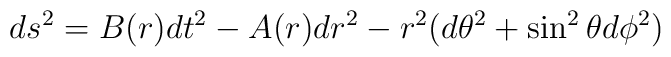
ds^{2}=B(r)dt^{2}-A(r)dr^{2}-r^{2}(d\theta ^{2}+\sin ^{2}\theta d\phi ^{2})